King Institute of Preventive Medicine Bacteriolog. Section reports 1907-08
Year: 1907
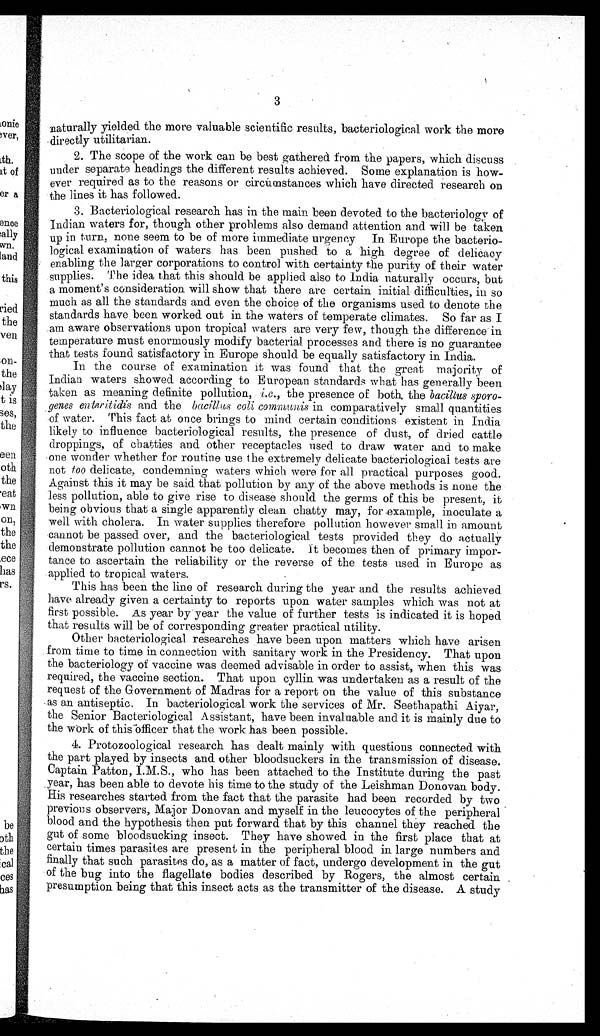
naturally yielded the more valuable scientific results, bacteriological work the more
directly utilitarian.
2. The scope of the work can be best gathered from the papers, which discuss
under separate headings the different results achieved. Some explanation is how-
ever required as to the reasons or circumstances which have directed research on
the lines it has followed.
3. Bacteriological research has in the main been devoted to the bacteriology of
Indian waters for, though other problems also demand attention and will be taken
up in turn, none seem to be of more immediate urgency In Europe the bacterio-
logical examination of waters has been pushed to a high degree of delicacy
enabling the larger corporations to control with certainty the purity of their water
supplies. The idea that this should be applied also to India naturally occurs, but
a moment's consideration will show that there are certain initial difficulties, in so
much as all the standards and even the choice of the organisms used to denote the
standards have been worked out in the waters of temperate climates. So far as I
am aware observations upon tropical waters are very few, though the difference in
temperature must enormously modify bacterial processes and there is no guarantee
that tests found satisfactory in Europe should be equally satisfactory in India.
In the course of examination it was found that the great majority of
Indian waters showed according to European standards what has generally been
taken as meaning definite pollution, i.e., the presence of both, the bacillus
sporo-
genes enteritidis and the bacillus coli communis in comparatively small quantities
of water. This fact at once brings to mind certain conditions existent in India
likely to influence bacteriological results, the presence of dust, of dried cattle
droppings, of chatties and other receptacles used to draw water and to make
one wonder whether for routine use the extremely delicate bacteriological tests are
not too delicate, condemning waters which were for all practical purposes good.
Against this it may be said that pollution by any of the above methods is none the
less pollution, able to give rise to disease should the germs of this be present, it
being obvious that a single apparently clean chatty may, for example, inoculate a
well with cholera. In water supplies therefore pollution however small in amount
cannot be passed over, and the bacteriological tests provided they do actually
demonstrate pollution cannot be too delicate. It becomes then of primary impor-
tance to ascertain the reliability or the reverse of the tests used in Europe as
applied to tropical waters.
This has been the line of research during the year and the results achieved
have already given a certainty to reports upon water samples which was not at
first possible. As year by year the value of further tests is indicated it is hoped
that results will be of corresponding greater practical utility.
Other bacteriological researches have been upon matters which have arisen
from time to time in connection with sanitary work in the Presidency. That upon
the bacteriology of vaccine was deemed advisable in order to assist, when this was
required, the vaccine section. That upon cyllin was undertaken as a result of the
request of the Government of Madras for a report on the value of this substance
as an antiseptic. In bacteriological work the services of Mr. Seethapathi Aiyar,
the Senior Bacteriological Assistant, have been invaluable and. it is mainly due to
the work of this officer that the work has been possible.
4. Protozoological research has dealt mainly with questions connected with
the part played by insects and other bloodsuckers in the transmission of disease.
Ca pt a i n Pa t t on, I . M. S. , who ha s be e n a t t a c he d t o t he I ns t i t ut e dur i ng t he pa s t
year, has been able to devote his time to the study of the Leishman Donovan body.
His researches started from the fact that the parasite had been recorded by two
previous observers, Major Donovan and myself in the leucocytes of the peripheral
blood and the hypothesis then put forward that by this channel they reached the
gut of some bloodsucking insect. They have showed in the first place that at
certain times parasites are present in the peripheral blood in large numbers and
finally that such parasites do, as a matter of fact, undergo development in the gut
of the bug into the flagellate bodies described by Rogers, the almost certain
presumption being that this insect acts as the transmitter of the disease. A study